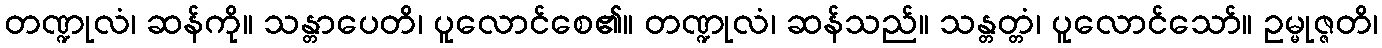
တဏ္ဍုလံ၊ ဆန်ကို။ သန္တာပေတိ၊ ပူလောင်စေ၏။ တဏ္ဍုလံ၊ ဆန်သည်။ သန္တတ္တံ၊ ပူလောင်သော်။ ဥမ္မုဇ္ဇတိ၊